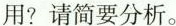
用?请简要分析。